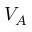
V _ { A }